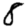
Digit: 8